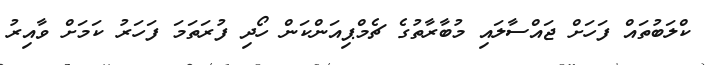
ކްލަބުތައް ފަހަށް ޖައްސާލައި މުބާރާތުގެ ޗެމްޕިއަންކަން ހޯދި ފުރަތަމަ ފަހަރު ކަމަށް ވާއިރު